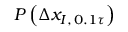
P \left( \Delta x _ { I , \, 0 . 1 \tau } \right)